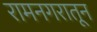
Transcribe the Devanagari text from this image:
रामनगरातून